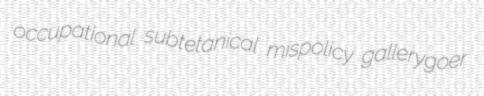
occupational subtetanical mispolicy gallerygoer